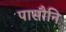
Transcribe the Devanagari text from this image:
पासौनि